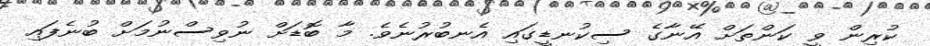
ކުރިން ވީ ކަންތަށް އޭނާގެ ސިކުނޑީގައި އެނބުރުނެވެ. މާ ބޮޑަށް ނުވިސްނުމަށް ބުނެފައި